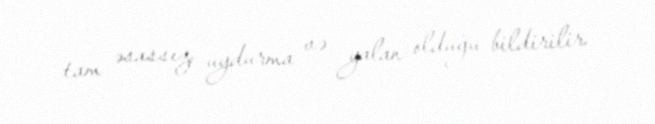
tam əsassız, uydurma və yalan olduğu bildirilir.